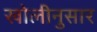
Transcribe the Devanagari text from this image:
खोलीनुसार